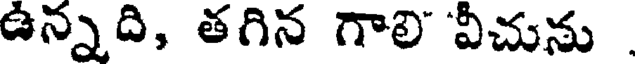
ఉన్నది, తగిన గాలి వీచును